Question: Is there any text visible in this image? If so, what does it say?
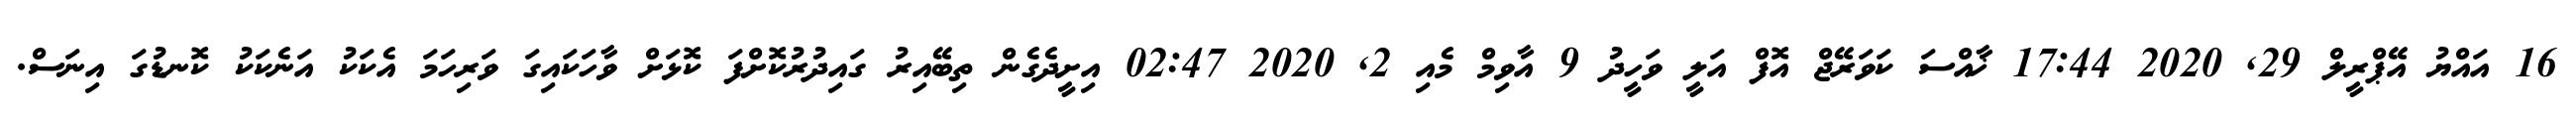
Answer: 16 އައްޔު އޭޕްރީލް 29, 2020 17:44 ޚާއްސަ ކަވަރޭޖް އޮފް އަލީ ވަހީދު 9 އާވިމް މެއި 2, 2020 02:47 އިށީދެގެން ތިބޭއިރު ގައިދުރުކޮށްފަ ކޮޅަށް ވާހަކައިގަ ވަރިހަމަ އެކަކު އަނެކަކު ކޮނޑުގަ އިނަސް.